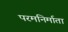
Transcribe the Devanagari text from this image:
परमनिर्माता